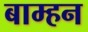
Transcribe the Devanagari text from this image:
बाम्हन